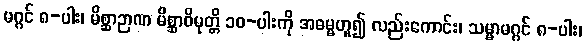
မဂ္ဂင် ၈-ပါး၊ မိစ္ဆာဉာဏ မိစ္ဆာဝိမုတ္တိ ၁၀-ပါးကို အဓမ္မဟူ၍ လည်းကောင်း၊ သမ္မာမဂ္ဂင် ၈-ပါး၊